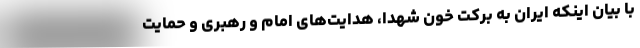
با بیان اینکه ایران به برکت خون شهدا، هدایت‌های امام و رهبری و حمایت